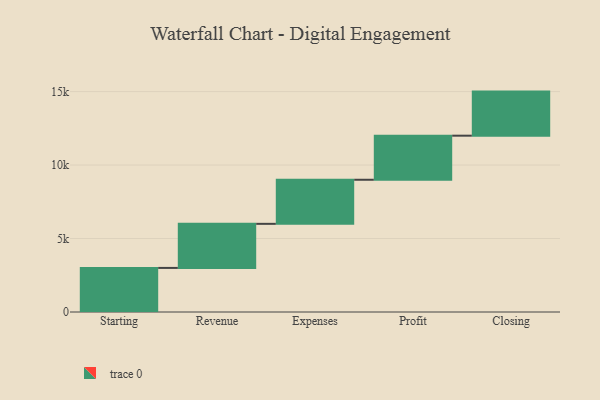
{"axis": {"x": "Step", "y": "Value"}, "legend": [""], "data": [{"x": "Starting", "y": 3000, "type": ""}, {"x": "Revenue", "y": 3000, "type": ""}, {"x": "Expenses", "y": 3000, "type": ""}, {"x": "Profit", "y": 3000, "type": ""}, {"x": "Closing", "y": 3000, "type": ""}]}